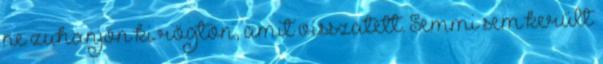
ne zuhanjon ki rögtön, amit visszatett. Semmi sem került